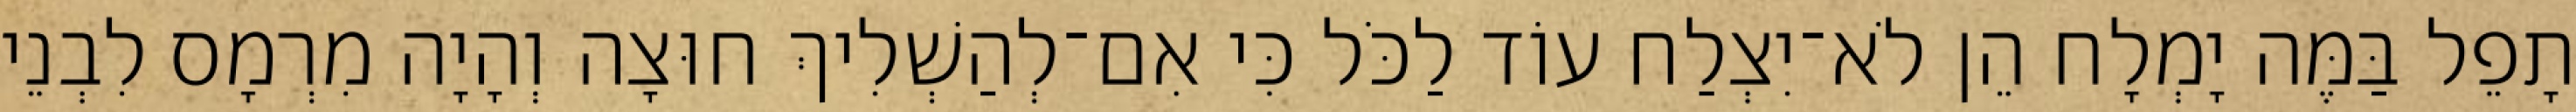
תָפֵל בַּמֶּה יָמְלָח הֵן לֹא־יִצְלַח עוֹד לַכֹּל כִּי אִם־לְהַשְׁלִיךְ חוּצָה וְהָיָה מִרְמָס לִבְנֵי